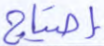
إحتياج